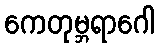
ကေတုမ္ဘရာဂေါ